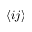
\langle i j \rangle